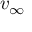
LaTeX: v _ { \infty } \,